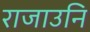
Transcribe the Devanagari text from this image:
राजाउनि